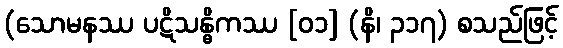
(သောမနဿ ပဋိသန္ဓိကဿ [၀၁] (နိ၊ ၃၁၇) စသည်ဖြင့်